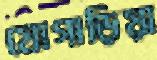
যোগাড়িয়া